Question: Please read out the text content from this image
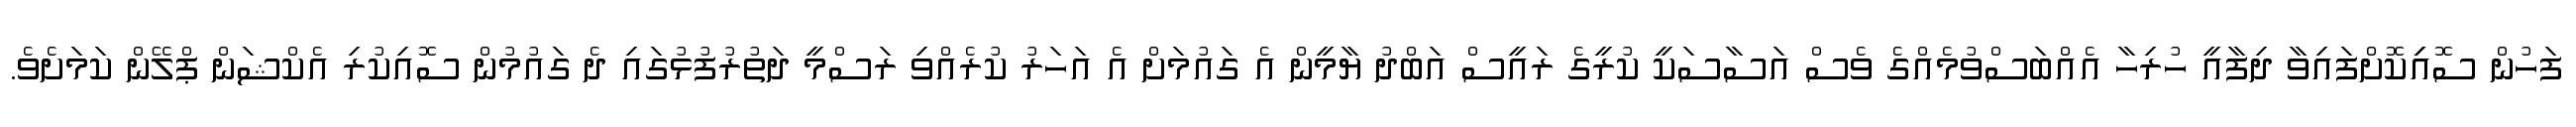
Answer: ފަހުން ސޮއިިކޮށްފައިވާ ދިފާއީ ހުރިހާ އެއްބަސްވުމެއްގެ ވެސް އަސާސަކީ ކުރީގެ ރައީސް އަބްދު ޔާމީން އެ ގައުމަށް އެ އަހަރު ކުރެއްވި ރަސްމީ ދަތުރުފުޅުގައި ދެ ގައުމުން ސޮއިކުރި އެކްޝަން ޕްލޭން ކަމަށެވެ.